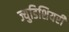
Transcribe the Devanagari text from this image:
ज्युडिशियरी